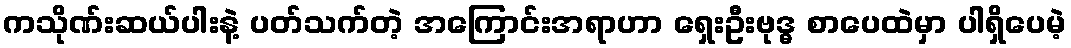
ကသိုဏ်းဆယ်ပါးနဲ့ ပတ်သက်တဲ့ အကြောင်းအရာဟာ ရှေးဦးဗုဒ္ဓ စာပေထဲမှာ ပါရှိပေမဲ့